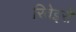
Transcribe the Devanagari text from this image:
रिवेइरो